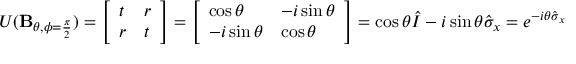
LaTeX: U ( \mathbf { B } _ { \theta , \phi = { \frac { \pi } { 2 } } } ) = { \left[ \begin{array} { l l } { t } & { r } \\ { r } & { t } \end{array} \right] } = { \left[ \begin{array} { l l } { \cos \theta } & { - i \sin \theta } \\ { - i \sin \theta } & { \cos \theta } \end{array} \right] } = \cos \theta { \hat { I } } - i \sin \theta { \hat { \sigma } } _ { x } = e ^ { - i \theta { \hat { \sigma } } _ { x } }